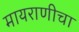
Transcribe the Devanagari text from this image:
मायराणीचा